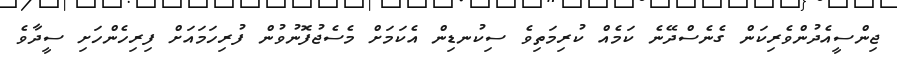
ޖިންސީއެދުންވެރިކަން ގެނެސްދޭނެ ކަމެއް ކުރިމަތިވެ ސިކުނޑިން އެކަމަށް މެސެޖުފޮނުވުން ފުރިހަމައަށް ފިރިހެންހަށި ސީދާވެ